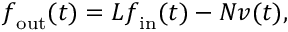
\boldsymbol { f } _ { \mathrm { o u t } } ( t ) = L \boldsymbol { f } _ { \mathrm { i n } } ( t ) - N \boldsymbol { v } ( t ) ,